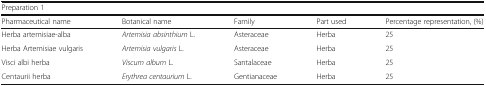
| <COLSPAN=5> Preparation 1 |
 | Pharmaceutical name | Botanical name | Family | Part used | Percentage representation, (%) |
 | --- | --- | --- | --- | --- |
 | Herba artemisiae-alba | Artemisia absinthium L. | Asteraceae | Herba | 25 |
 | Herba Artemisiae vulgaris | Artemisia vulgaris L. | Asteraceae | Herba | 25 |
 | Visci albi herba | Viscum album L. | Santalaceae | Herba | 25 |
 | Centaurii herba | Erythrea centaurium L. | Gentianaceae | Herba | 25 |